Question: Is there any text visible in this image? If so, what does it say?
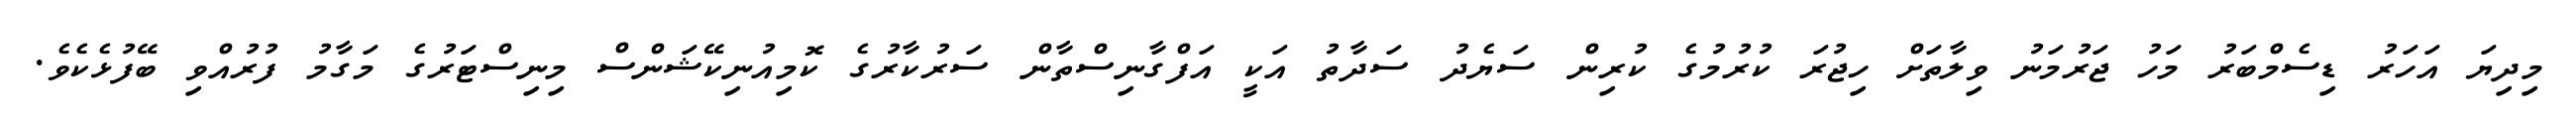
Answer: މިދިޔަ އަހަރު ޑިސެމްބަރު މަހު ޖަރުމަނު ވިލާތަށް ހިޖުރަ ކުރުމުގެ ކުރިން ސަޔެދު ސަދާތު އަކީ އަފްގާނިސްތާން ސަރުކާރުގެ ކޮމިއުނިކޭޝަންސް މިނިސްޓަރުގެ މަގާމު ފުރުއްވި ބޭފުޅެކެވެ.